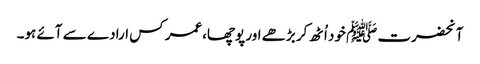
آنحضرت ﷺ خود اُٹھ کر بڑھے اور پوچھا،عمر کس ارادے سے آئے ہو۔